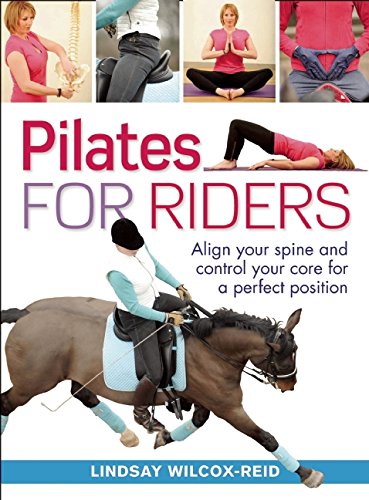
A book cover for Pilates for Riders: Align Your Spine and Control Your Core for a Perfect Position; Lindsay Wilcox-Reid; Health, Fitness & Dieting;